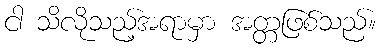
ငါ သိလိုသည့်အရာမှာ အတ္တဖြစ်သည်။